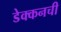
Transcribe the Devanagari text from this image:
डेक्कनची